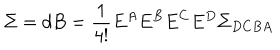
LaTeX: \Sigma = d B = \frac { 1 } { 4 ! } E ^ { A } E ^ { B } E ^ { C } E ^ { D } \Sigma _ { D C B A }